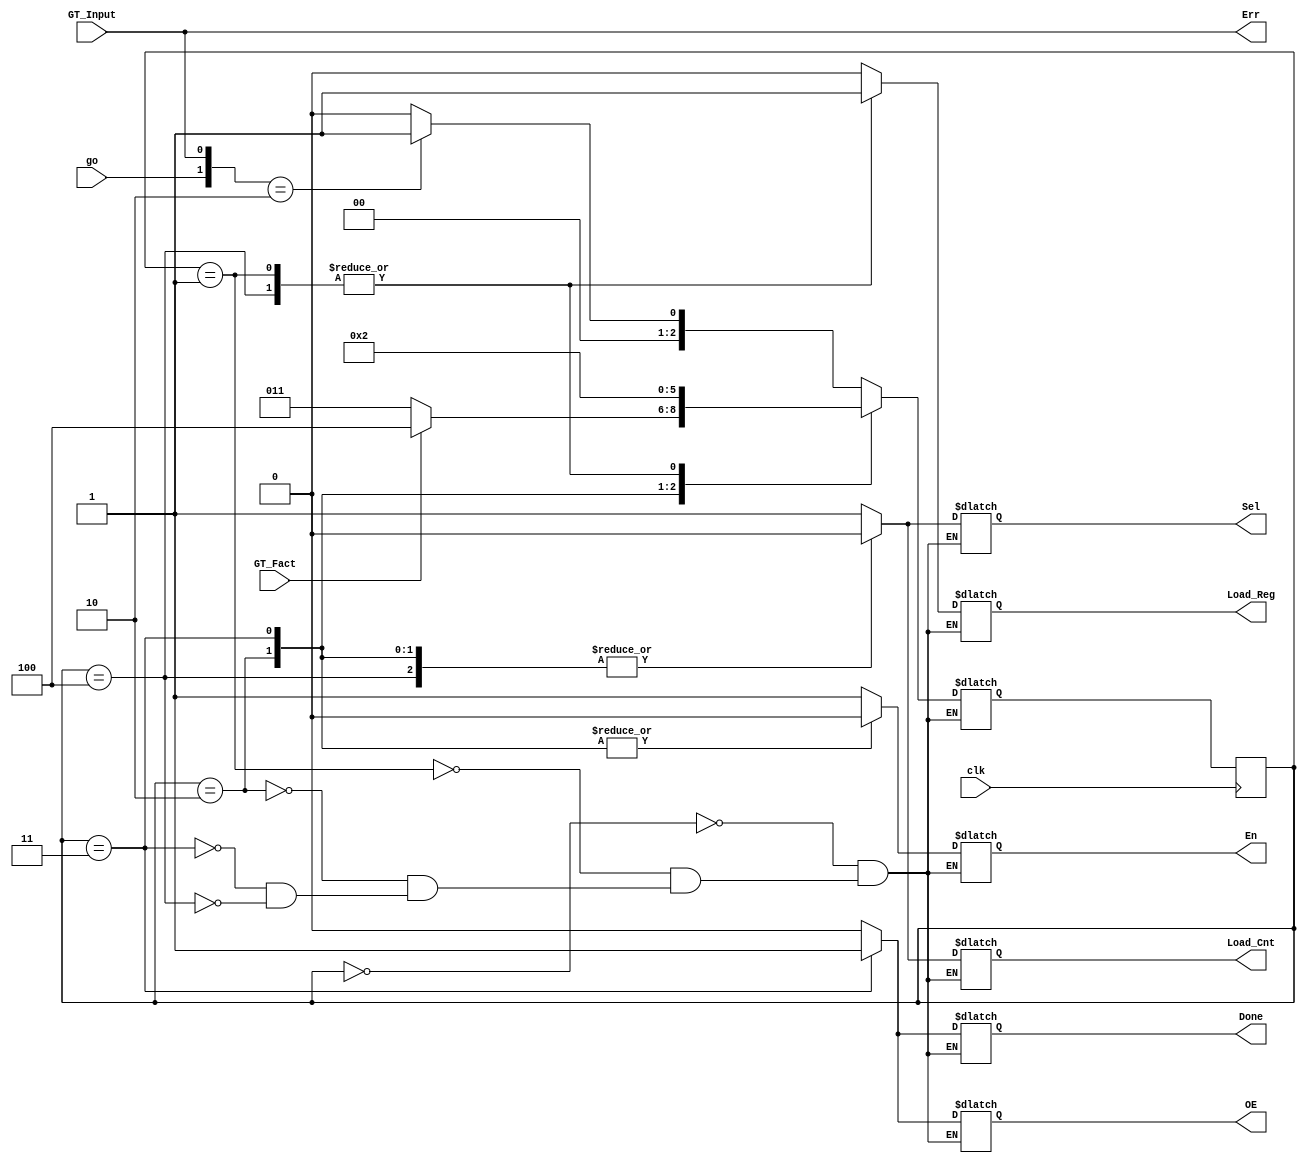
`timescale 1ns / 1ps
//////////////////////////////////////////////////////////////////////////////////
// Company: 
// Engineer: 
// 
// Design Name: 
// Module Name: Factorial_CU
// Project Name: 
// Target Devices: 
// Tool Versions: 
// Description: 
// 
// Dependencies: 
// 
// Revision:
// Revision 0.01 - File Created
// Additional Comments:
// 
//////////////////////////////////////////////////////////////////////////////////


module Factorial_CU(
    input go, clk,
    input GT_Fact, GT_Input,
    output reg Sel, Load_Reg, Load_Cnt, OE, En,
    output Done, Err
);

    //Next and Current State Registers
    reg [2:0] CS = 0, NS;
    reg Err_Internal = 0, Done_Internal = 0;
    
    //assign Err  = Err_Internal;
    assign Err = GT_Input;
    assign Done = Done_Internal;

    //encode states
    parameter Idle             = 3'd0,
              Load_Cnt_AND_Reg = 3'd1,
              Wait             = 3'd2,
              OE_AND_Done      = 3'd3,
              Mult_AND_Dec     = 3'd4;
    

    
    //Next State Logic (combinational) based on State Transition Diagram
    always @ (CS, go)
    begin
        case (CS)
            Idle:
            case({go,GT_Input})
                2'b11:  {NS,Err_Internal} <= {Idle,1'b1};
                2'b10:  {NS,Err_Internal} <= {Load_Cnt_AND_Reg,1'b0};
                2'b0?:  {NS,Err_Internal} <= {Idle,1'b0};
                default: NS = Idle; 
            endcase
            Load_Cnt_AND_Reg:          NS <= Wait;
            //Wait2:                     NS <= Wait;
            Wait:                      NS <= GT_Fact ? Mult_AND_Dec : OE_AND_Done;
            OE_AND_Done:               NS <= Idle;
            Mult_AND_Dec:              NS <= Wait;
        endcase
    end
    
    //State Register (sequential)
    always @ (posedge clk)
        CS = NS;
    
    //Output Logic
    always @ (CS)
    begin
        case (CS)
            Idle: //S0
            begin
                {Sel, Load_Cnt, En, Load_Reg, OE, Done_Internal} <= 6'b1_1_1_0_0_0;
            end
            Load_Cnt_AND_Reg: //S1
            begin
                {Sel, Load_Cnt, En, Load_Reg, OE, Done_Internal} <= 6'b1_1_1_1_0_0;
            end
            Wait: //S2
            begin
                {Sel, Load_Cnt, En, Load_Reg, OE, Done_Internal} <= 6'b0_0_0_0_0_0;
            end
            OE_AND_Done: //S3
            begin
                {Sel, Load_Cnt, En, Load_Reg, OE, Done_Internal} <= 6'b0_0_0_0_1_1;
            end
            Mult_AND_Dec: //S4
            begin
                {Sel, Load_Cnt, En, Load_Reg, OE, Done_Internal} <= 6'b0_0_1_1_0_0;
            end
        endcase
                
    end
        
              
   
endmodule